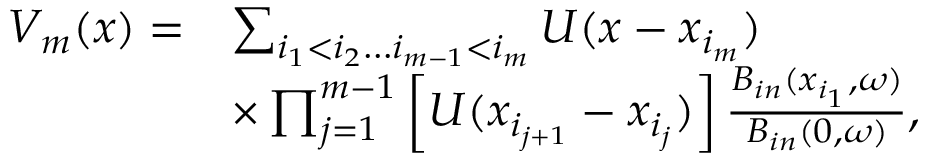
\begin{array} { r l } { V _ { m } ( x ) = } & { \sum _ { i _ { 1 } < i _ { 2 } \ldots i _ { m - 1 } < i _ { m } } U ( x - x _ { i _ { m } } ) } \\ & { \times \prod _ { j = 1 } ^ { m - 1 } \left[ U ( x _ { i _ { j + 1 } } - x _ { i _ { j } } ) \right] \frac { B _ { i n } ( x _ { i _ { 1 } } , \omega ) } { B _ { i n } ( 0 , \omega ) } , } \end{array}